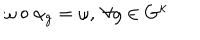
LaTeX: \omega \circ \alpha _ { g } = \omega , \ \forall g \in G ^ { \kappa }